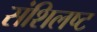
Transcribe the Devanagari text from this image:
संशिलष्ट